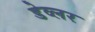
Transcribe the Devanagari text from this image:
डेव्लर